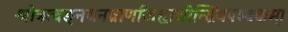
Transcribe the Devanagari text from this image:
श्रोत्रत्वङ्नयनघ्राणजिह्वाधीन्द्रियपञ्चकम्।